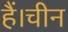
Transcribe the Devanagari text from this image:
हैं।चीन